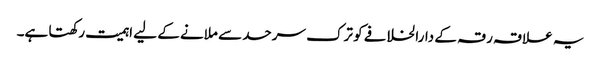
یہ علاقہ رقہ کے دارالخلافے کو ترک سرحد سے ملانے کے لیے اہمیت رکھتا ہے۔